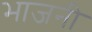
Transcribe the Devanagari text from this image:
भाजनी